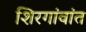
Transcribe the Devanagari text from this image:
शिरगांवांत